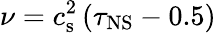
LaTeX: \nu=c_{\mathrm{s}}^{2}\left(\tau_{\mathrm{NS}}-0.5\right)